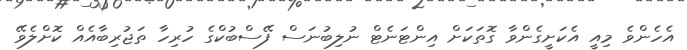
އެހެންވެ މިއީ އެކަށީގެންވާ ގޮތަކަށް އިންޓަނެޓް ނުލިބުނަސް ފޭސްބުކްގެ ހުރިހާ ތަޖުރިބާއެއް ކޮށްލެވޭ